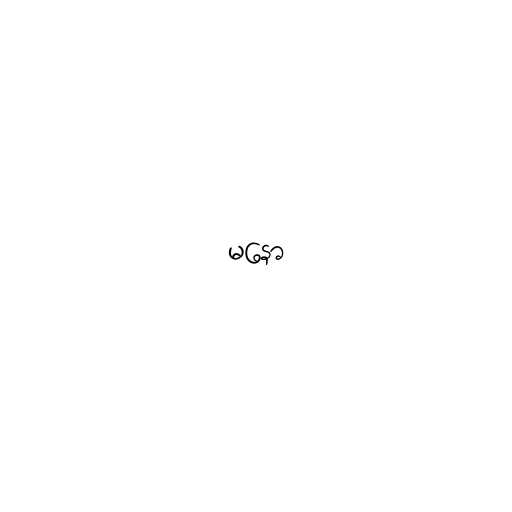
မနော